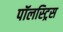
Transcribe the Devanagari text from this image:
पॉलस्ट्रिस